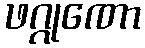
ဖဂ္ဂုဏော